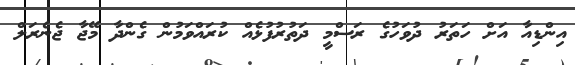
އިންޑިއާ އަށް ހަތަރު ދުވަހުގެ ރަސްމީ ދަތުރުފުޅެއް ކުރައްވަމުން ގެންދާ މޭޖާ ޖެނެރަލް